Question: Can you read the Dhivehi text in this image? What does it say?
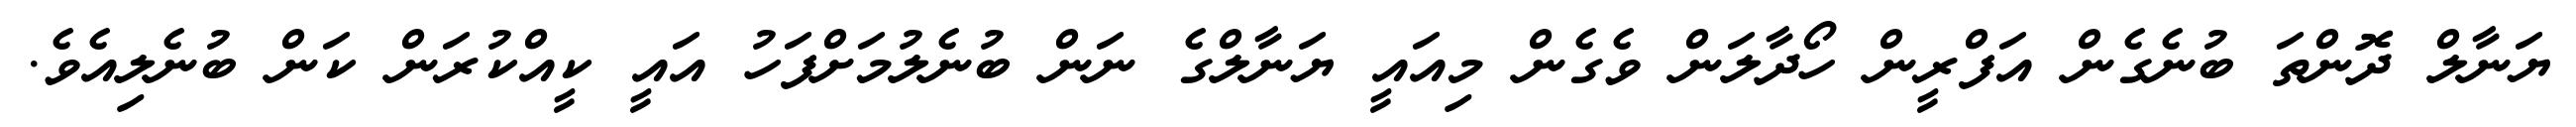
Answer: ޔަނާލް ދޮންތަ ބުނެގެން އަފްރީން ހޯދާލަން ވެގެން މިއައީ ޔަނާލްގެ ނަން ބުނެލުމަށްފަހު އައީ ކީއްކުރަން ކަން ބުނެލިއެވެ.